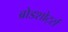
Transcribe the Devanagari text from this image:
ब्रोडशोर्ट्स